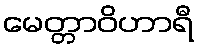
မေတ္တာဝိဟာရီ